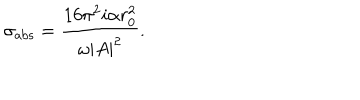
LaTeX: \sigma _ { \mathrm { a b s } } = { \frac { 1 6 \pi ^ { 2 } i \alpha r _ { 0 } ^ { 2 } } { \omega | A | ^ { 2 } } } .